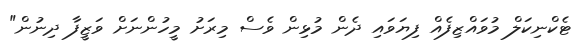
ޓެކްނިކަލް މުވައްޒިފެއް ފިޔަވައި ދެން މުޅިން ވެސް މިރަށު މީހުންނަށް ވަޒީފާ ދިނުން"